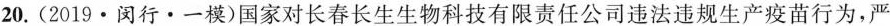
20.(2019·闵行·一模)国家对长春长生生物科技有限责任公司违法违规生产疫苗行为，严